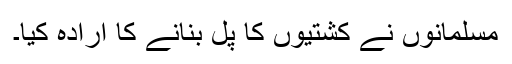
مسلمانوں نے کشتیوں کا پل بنانے کا ارادہ کیا۔